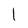
Character: l